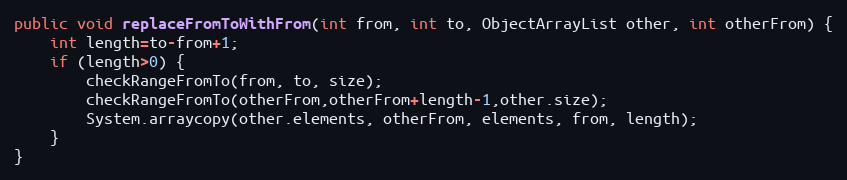
Language: Java
public void replaceFromToWithFrom(int from, int to, ObjectArrayList other, int otherFrom) {
	int length=to-from+1;
	if (length>0) {
		checkRangeFromTo(from, to, size);
		checkRangeFromTo(otherFrom,otherFrom+length-1,other.size);
		System.arraycopy(other.elements, otherFrom, elements, from, length);
	}
}